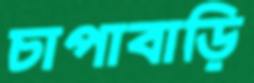
চাপাবাড়ি